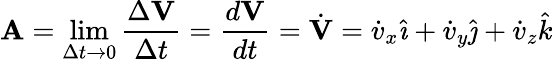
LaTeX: \mathbf{A}=\operatorname*{lim}_{\Delta t\rightarrow 0}{\frac{\Delta\mathbf{V}}{\Delta t}}={\frac{d\mathbf{V}}{dt}}={\dot{\mathbf{V}}}={\dot{v}}_{x}{\hat{\imath}}+{\dot{v}}_{y}{\hat{\jmath}}+{\dot{v}}_{z}{\hat{k}}